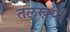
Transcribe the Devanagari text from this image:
तलखयों